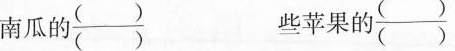
南瓜 的\frac{（）}{（）} 些苹果的\frac{（）}{（）}